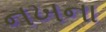
નખના